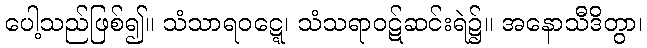
ပေါ့သည်ဖြစ်၍။ သံသာရဝဋ္ဋေ၊ သံသရာဝဋ်ဆင်းရဲ၌။ အနောသီဒိတွာ၊